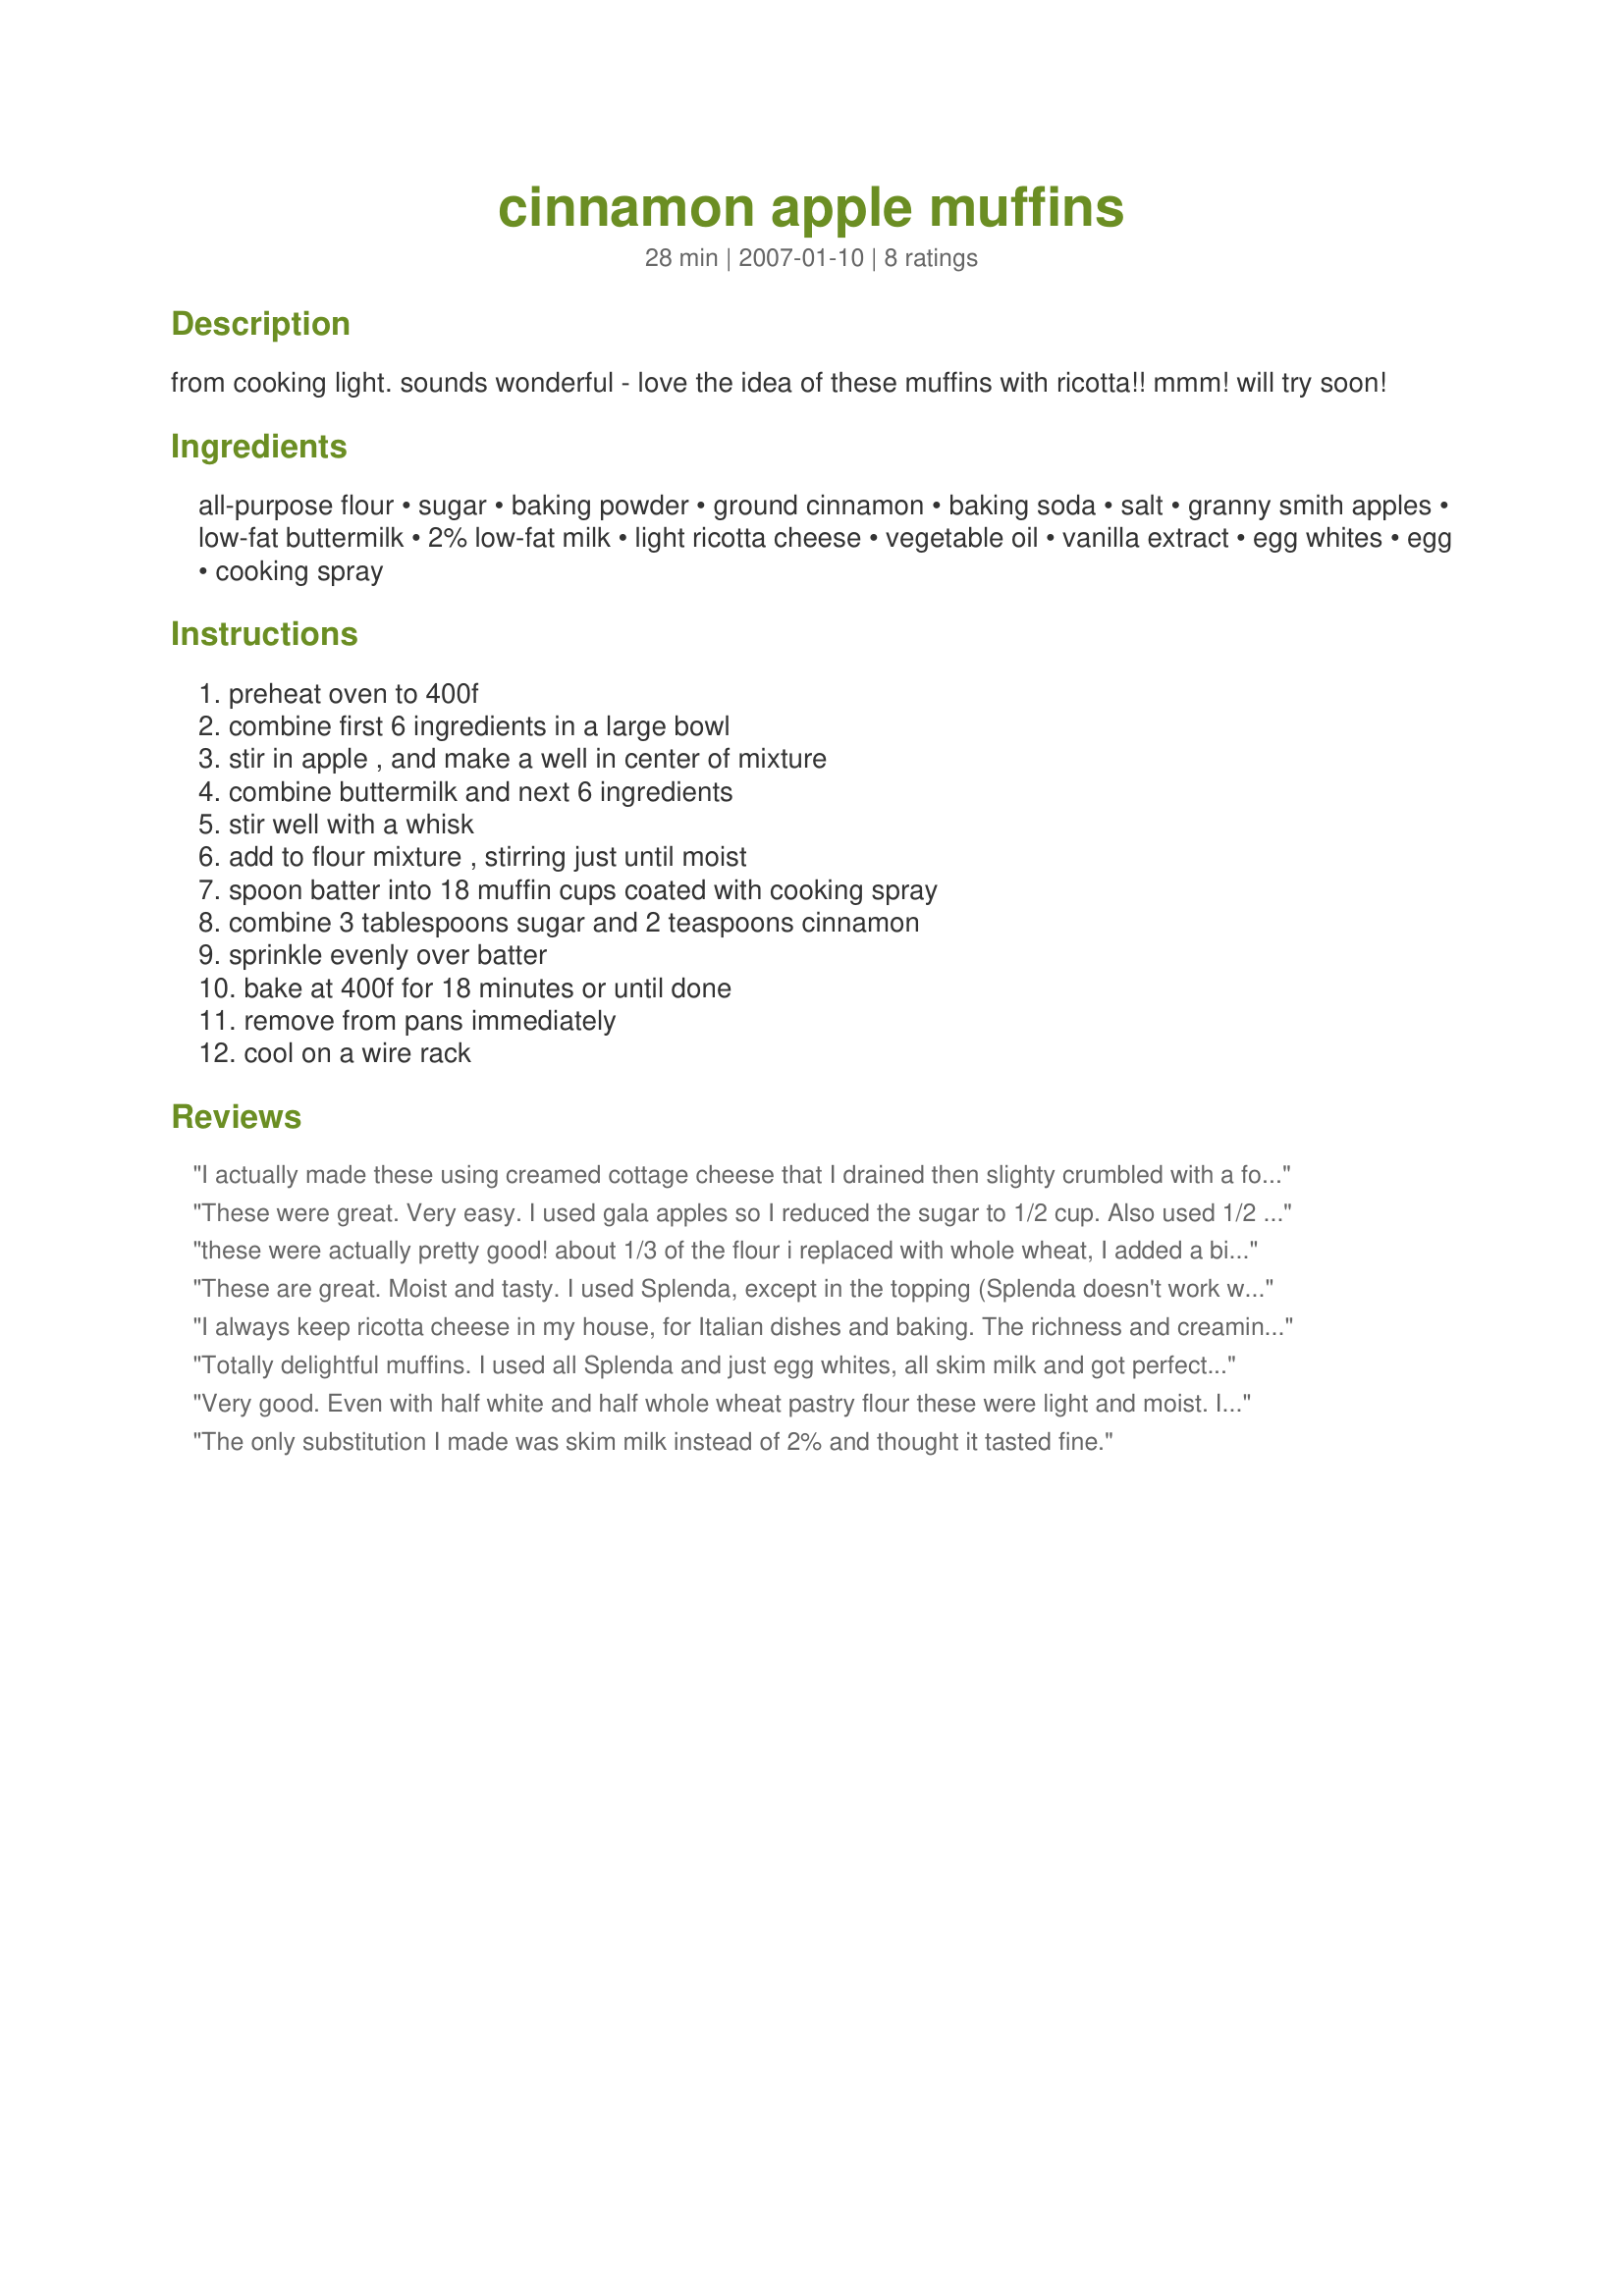
cinnamon apple muffins
Preparation time: 28 minutes

from cooking light. sounds wonderful - love the idea of these muffins with ricotta!! mmm! will try soon!

Ingredients:
all-purpose flour, sugar, baking powder, ground cinnamon, baking soda, salt, granny smith apples, low-fat buttermilk, 2% low-fat milk, light ricotta cheese, vegetable oil, vanilla extract, egg whites, egg, cooking spray

Steps:
preheat oven to 400f, combine first 6 ingredients in a large bowl, stir in apple , and make a well in center of mixture, combine buttermilk and next 6 ingredients, stir well with a whisk, add to flour mixture , stirring just until moist, spoon batter into 18 muffin cups coated with cooking spray, combine 3 tablespoons sugar and 2 teaspoons cinnamon, sprinkle evenly over batter, bake at 400f for 18 minutes or until done, remove from pans immediately, cool on a wire rack

Reviews:
I actually made these using creamed cottage cheese that I drained then slighty crumbled with a fork, I did not have any ricotta cheese, I used 2 extra large eggs and omitted the whites completely, even with those few changes the muffins turned out very well, thank for sharing hon!...Kitten:)
These were great. Very easy. I used gala apples so I reduced the sugar to 1/2 cup. Also used 1/2 cup egg substitute. I will be making these again. I made 6 texas muffins and 24 mini muffins. The taxas muffins cooked in 18 mins and the mini's in 10.
these were actually pretty good! about 1/3 of the flour i replaced with whole wheat, I added a bit more apple, applesauce instead of oil, low-fat cottage cheese instead of ricotta (i needed to use it up), skim milk instead of 2%, and skim milk and lemon juice instead of buttermilk (what I had). 2 thumbs up!
These are great. Moist and tasty. I used Splenda, except in the topping (Splenda doesn't work well for toppings.) A good muffin for diabetics with the Splenda. Thanks for posting!
I always keep ricotta cheese in my house, for Italian dishes and baking. The richness and creaminess make every quiche, muffin and breads, such as zucchini and banana, a moist and well held together treat. For these muffins I went with whole milk and made buttermilk by adding vinegar to a and letting it sit for 15 minutes. I used 2 cups of Gala apples and 2 whole large eggs. I like large muffins so I filled a dozen quite full and 6 2/3 full. The result is the very best apple muffins yet, and I’ve made many! Thanks Genius Kit hen. You’re the best!
Totally delightful muffins. I used all Splenda and just egg whites, all skim milk and got perfect muffins. They have a lovely crust and are light, tender and flavorful on the inside. The small amount of cheese is a very pleasant addition. I minced the apple quite small and I think next time I'll leave it in some what bigger chunks. I consider this a perfect muffins for a diabetic. By using the Splenda the only sugar they contain is what is in the apple and the fat is only 18%. I'm in Heaven!
Very good. Even with half white and half whole wheat pastry flour these were light and moist. I used two whole eggs instead of the egg white and didn&#039;t sprinkle the cinnamon sugar on top (in a hurry). Will definitely make these again as my whole family enjoyed them very much. Thanks.
The only substitution I made was skim milk instead of 2% and thought it tasted fine.
